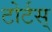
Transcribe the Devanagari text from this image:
टोर्टस्